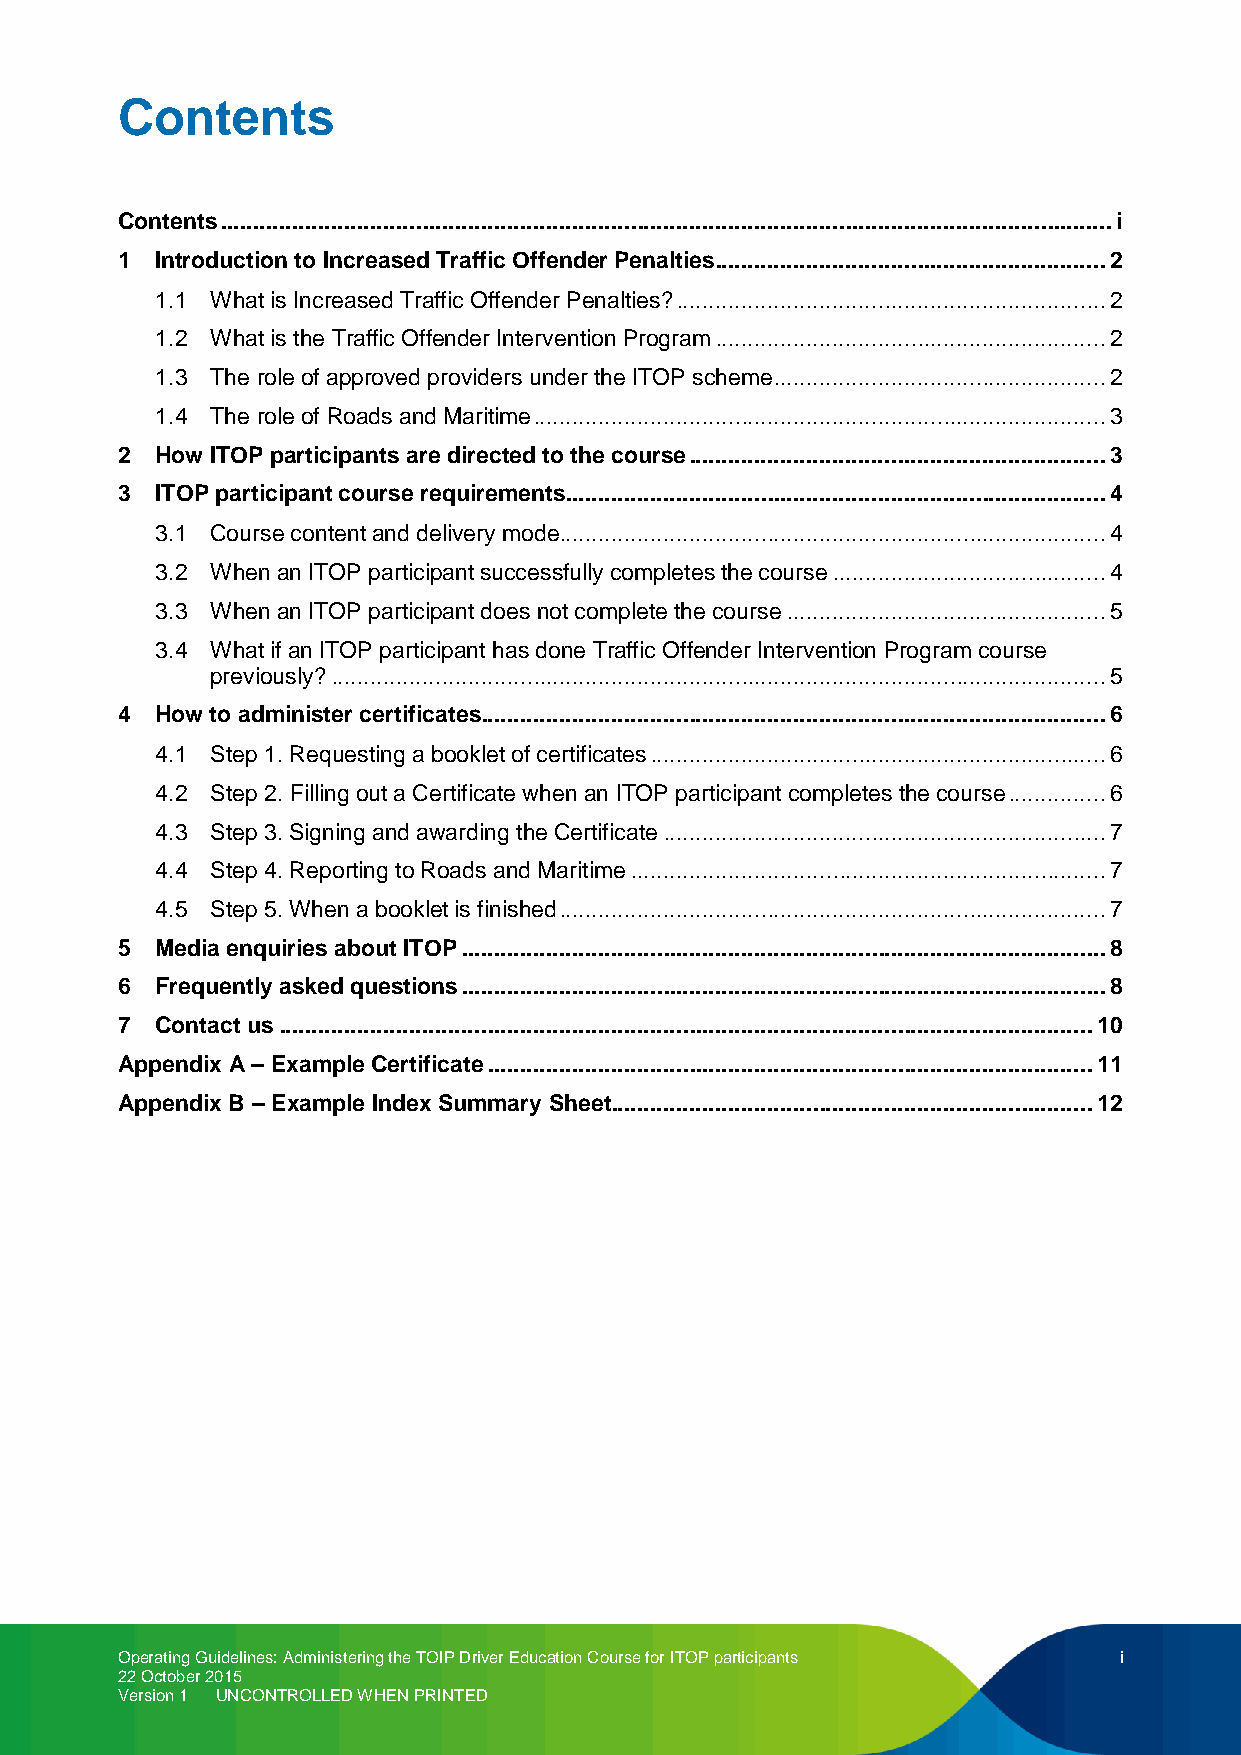
Contents
 Contents ......................................................................................................................................... i
 1 Introduction to Increased Traffic Offender Penalties............................................................ 2
 1.1 What is Increased Traffic Offender Penalties? .................................................................. 2
 1.2 What is the Traffic Offender Intervention Program ............................................................ 2
 1.3 The role of approved providers under the ITOP scheme ................................................... 2
 1.4 The role of Roads and Maritime ........................................................................................ 3
 2 How ITOP participants are directed to the course ................................................................ 3
 3 ITOP participant course requirements ................................................................................... 4
 3.1 Course content and delivery mode.................................................................................... 4
 3.2 When an ITOP participant successfully completes the course .......................................... 4
 3.3 When an ITOP participant does not complete the course ................................................. 5
 3.4 What if an ITOP participant has done Traffic Offender Intervention Program course
 previously? ....................................................................................................................... 5
 4 How to administer certificates................................................................................................ 6
 4.1 Step 1. Requesting a booklet of certificates ...................................................................... 6
 4.2 Step 2. Filling out a Certificate when an ITOP participant completes the course ............... 6
 4.3 Step 3. Signing and awarding the Certificate .................................................................... 7
 4.4 Step 4. Reporting to Roads and Maritime ......................................................................... 7
 4.5 Step 5. When a booklet is finished .................................................................................... 7
 5 Media enquiries about ITOP ................................................................................................... 8
 6 Frequently asked questions ................................................................................................... 8
 7 Contact us ............................................................................................................................. 10
 Appendix A – Example Certificate ............................................................................................. 11
 Appendix B – Example Index Summary Sheet.......................................................................... 12
 Operating Guidelines: Administering the TOIP Driver Education Course for ITOP participants i
 22 October 2015
 Version 1 UNCONTROLLED WHEN PRINTED